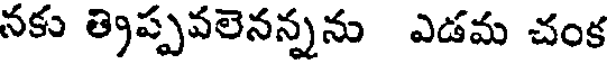
నకు త్రప్పవలెనన్నను ఎడమ చంక